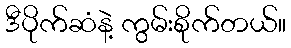
ဒီပိုက်ဆံနဲ့ ကွမ်းစိုက်တယ်။